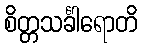
စိတ္တသင်္ခါရောတိ